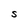
Character: S